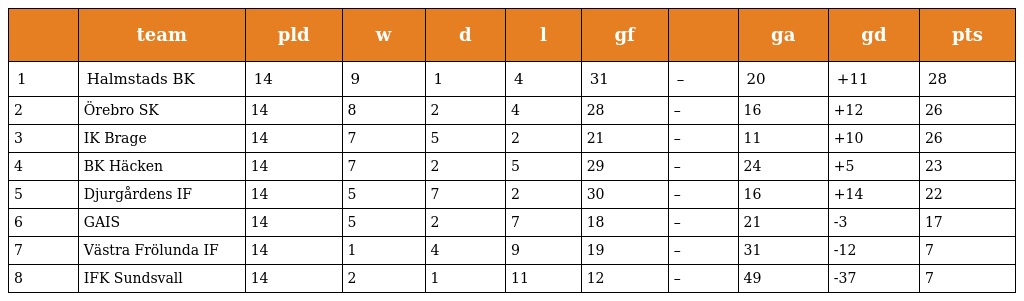
|  | team | pld | w | d | l | gf |  | ga | gd | pts |
 | --- | --- | --- | --- | --- | --- | --- | --- | --- | --- | --- |
 | 1 | Halmstads BK | 14 | 9 | 1 | 4 | 31 | – | 20 | +11 | 28 |
 | 2 | Örebro SK | 14 | 8 | 2 | 4 | 28 | – | 16 | +12 | 26 |
 | 3 | IK Brage | 14 | 7 | 5 | 2 | 21 | – | 11 | +10 | 26 |
 | 4 | BK Häcken | 14 | 7 | 2 | 5 | 29 | – | 24 | +5 | 23 |
 | 5 | Djurgårdens IF | 14 | 5 | 7 | 2 | 30 | – | 16 | +14 | 22 |
 | 6 | GAIS | 14 | 5 | 2 | 7 | 18 | – | 21 | -3 | 17 |
 | 7 | Västra Frölunda IF | 14 | 1 | 4 | 9 | 19 | – | 31 | -12 | 7 |
 | 8 | IFK Sundsvall | 14 | 2 | 1 | 11 | 12 | – | 49 | -37 | 7 |